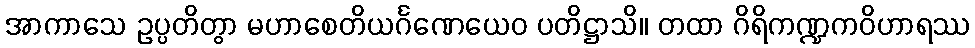
အာကာသေ ဥပ္ပတိတွာ မဟာစေတိယင်္ဂဏေယေဝ ပတိဋ္ဌာသိ။ တထာ ဂိရိကဏ္ဍကဝိဟာရဿ